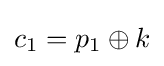
c_{1}=p_{1}\oplus k